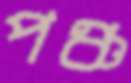
পঞ্চ